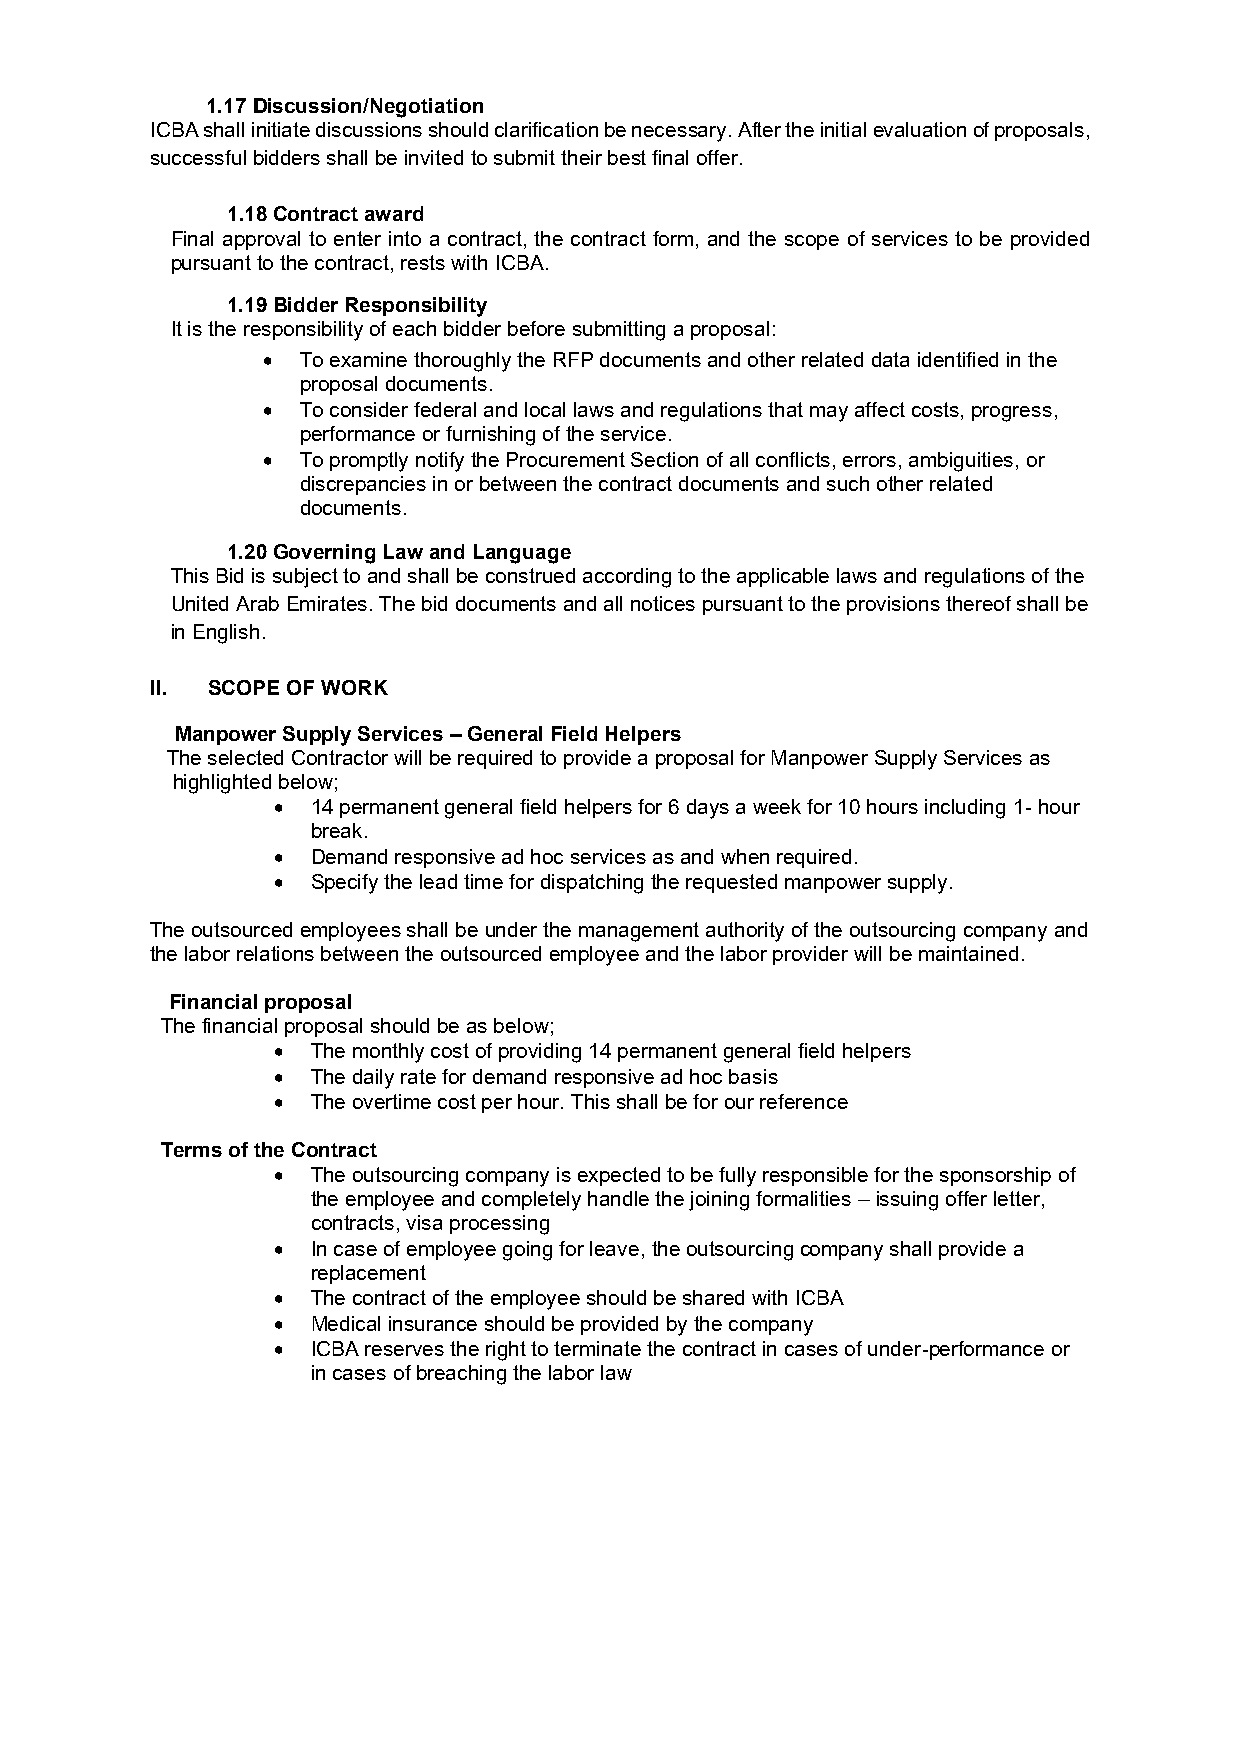
1.17 Discussion/Negotiation
 ICBA shall initiate discussions should clarification be necessary. After the initial evaluation of proposals,
 successful bidders shall be invited to submit their best final offer.
 1.18 Contract award
 Final approval to enter into a contract, the contract form, and the scope of services to be provided
 pursuant to the contract, rests with ICBA.
 1.19 Bidder Responsibility
 It is the responsibility of each bidder before submitting a proposal:
 •  To examine thoroughly the RFP documents and other related data identified in the
 proposal documents.
 •  To consider federal and local laws and regulations that may affect costs, progress,
 performance or furnishing of the service.
 •  To promptly notify the Procurement Section of all conflicts, errors, ambiguities, or
 discrepancies in or between the contract documents and such other related
 documents.
 1.20 Governing Law and Language
 This Bid is subject to and shall be construed according to the applicable laws and regulations of the
 United Arab Emirates. The bid documents and all notices pursuant to the provisions thereof shall be
 in English.
 II. SCOPE OF WORK
 Manpower Supply Services – General Field Helpers
 The selected Contractor will be required to provide a proposal for Manpower Supply Services as
 highlighted below;
 •  14 permanent general field helpers for 6 days a week for 10 hours including 1- hour
 break.
 •  Demand responsive ad hoc services as and when required.
 •  Specify the lead time for dispatching the requested manpower supply.
 The outsourced employees shall be under the management authority of the outsourcing company and
 the labor relations between the outsourced employee and the labor provider will be maintained.
 Financial proposal
 The financial proposal should be as below;
 •  The monthly cost of providing 14 permanent general field helpers
 •  The daily rate for demand responsive ad hoc basis
 •  The overtime cost per hour. This shall be for our reference
 Terms of the Contract
 •  The outsourcing company is expected to be fully responsible for the sponsorship of
 the employee and completely handle the joining formalities – issuing offer letter,
 contracts, visa processing
 •  In case of employee going for leave, the outsourcing company shall provide a
 replacement
 •  The contract of the employee should be shared with ICBA
 •  Medical insurance should be provided by the company
 •  ICBA reserves the right to terminate the contract in cases of under-performance or
 in cases of breaching the labor law